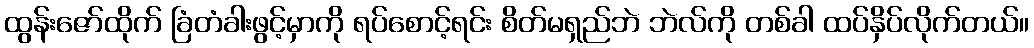
ထွန်းဇော်ထိုက် ခြံတံခါးဖွင့်မှာကို ရပ်စောင့်ရင်း စိတ်မရှည်ဘဲ ဘဲလ်ကို တစ်ခါ ထပ်နှိပ်လိုက်တယ်။